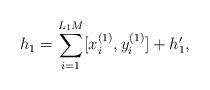
\begin{align*}h_1=\sum_{i=1}^{L_1M} [x_i^{(1)},y_i^{(1)}]+h_1',\end{align*}